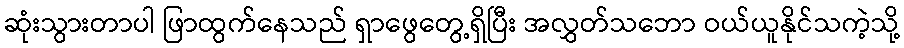
ဆုံးသွားတာပါ ဖြာထွက်နေသည် ရှာဖွေတွေ့ရှိပြီး အလွှတ်သဘော ဝယ်ယူနိုင်သကဲ့သို့